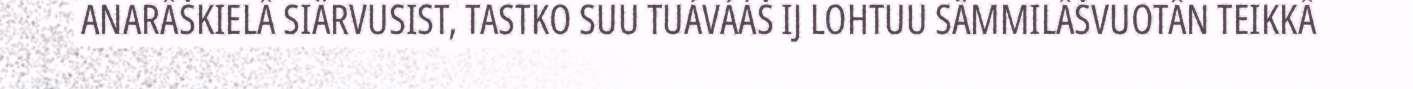
ANARÂŠKIELÂ SIÄRVUSIST, TASTKO SUU TUÁVÁÁŠ IJ LOHTUU SÄMMILÂŠVUOTÂN TEIKKÂ